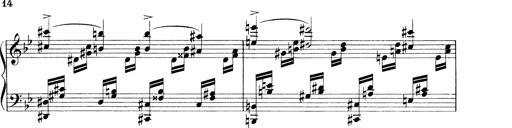
Title: 3 Ã‰tudes de concert
Composer: Franz Liszt